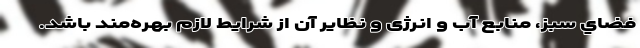
فضاي سبز، منابع آب و انرژی و نظایر آن از شرايط لازم بهره‌مند باشد.